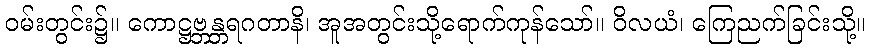
ဝမ်းတွင်း၌။ ကောဋ္ဌဗ္ဘန္တရဂတာနိ၊ အူအတွင်းသို့ရောက်ကုန်သော်။ ဝိလယံ၊ ကြေညက်ခြင်းသို့။